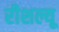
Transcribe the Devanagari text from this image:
रीशल्यू